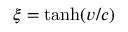
\xi = \operatorname { t a n h } ( v / c )